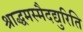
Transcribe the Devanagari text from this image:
श्राद्धमस्मैदद्युरिति